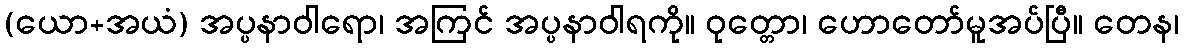
(ယော+အယံ) အပ္ပနာဝါရော၊ အကြင် အပ္ပနာဝါရကို။ ဝုတ္တော၊ ဟောတော်မူအပ်ပြီ။ တေန၊